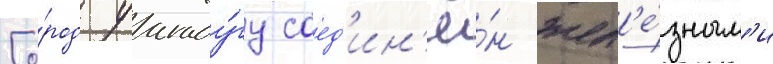
Го́род уагаду́гу соед'ин'ё́н жел'е́зным'и